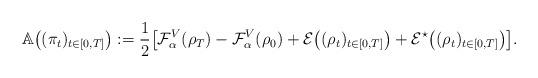
LaTeX: \begin{align*} \mathbb A\bigl((\pi_t)_{t\in[0,T]}\bigr) :=\frac 12\bigl[\mathcal F_\alpha^V(\rho_T) - \mathcal F_\alpha^V(\rho_0) +\mathcal E\bigl((\rho_t)_{t\in[0,T]}\bigr) +\mathcal E^\star\bigl((\rho_t)_{t\in[0,T]}\bigr)\bigr].\end{align*}